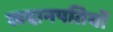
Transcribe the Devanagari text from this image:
खदानपतियों